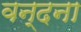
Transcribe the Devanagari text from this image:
वन्‍दना